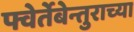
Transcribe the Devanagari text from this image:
फ्वेर्तेबेन्तुराच्या